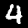
Digit: 4